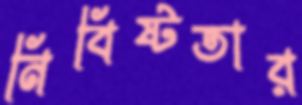
নিবিষ্টতার